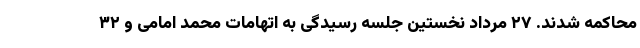
محاکمه شدند. ۲۷ مرداد نخستین جلسه رسیدگی به اتهامات محمد امامی و ۳۲